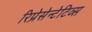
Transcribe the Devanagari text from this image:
रिप्रेसेन्टेटिव्स